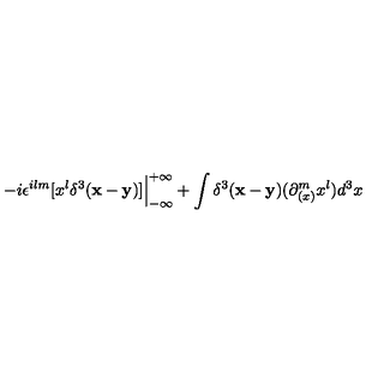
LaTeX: - i \epsilon ^ { i l m } [ x ^ { l } \delta ^ { 3 } ( { \bf x - y } ) ] { \Big \vert } _ { - \infty } ^ { + \infty } + \int \delta ^ { 3 } ( { \bf x - y } ) ( \partial _ { ( x ) } ^ { m } x ^ { l } ) d ^ { 3 } x